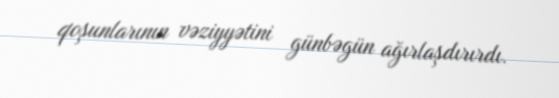
qoşunlarının vəziyyətini günbəgün ağırlaşdırırdı.